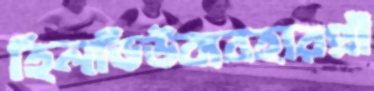
হিলভিউব্যবহারপ্রী